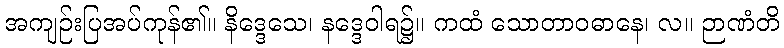
အကျဉ်းပြအပ်ကုန်၏။ နိဒ္ဒေသေ၊ နဒ္ဒေဝါရ၌။ ကထံ သောတာဝဓာနေ၊ လ။ ဉာဏံတိ